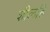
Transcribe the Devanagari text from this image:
शीलहि